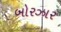
બોરઝાર